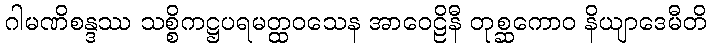
ဂါမဏိစန္ဒဿ သစ္စိကဋ္ဌပရမတ္ထဝသေန အာဝေဠိနီ တုစ္ဆကောဝ နိယျာဒေမီတိ